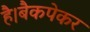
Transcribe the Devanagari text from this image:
है।बैकपेकर